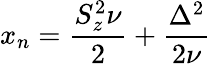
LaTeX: x_{n}=\frac{S_{z}^{2}\nu}{2}+\frac{\Delta^{2}}{2\nu}